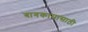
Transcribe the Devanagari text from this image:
बागकामासाठी